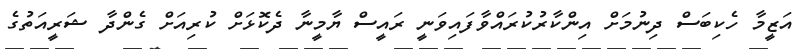
އަޒީމާ ހެކިބަސް ދިނުމަށް އިންކާރުކުރައްވާފައިވަނީ ރައީސް ޔާމީނާ ދެކޮޅަށް ކުރިއަށް ގެންދާ ޝަރީއަތުގެ